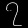
Digit: ၇